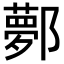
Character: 鄸